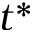
t ^ { * }